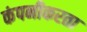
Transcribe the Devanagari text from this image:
कंपनीकरता